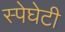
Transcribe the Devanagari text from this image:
स्पेघेटी